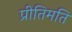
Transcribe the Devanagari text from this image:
प्रीतिमति